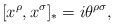
\begin{align*}[x^{\rho},x^{\sigma}]_{*}=i\theta^{\rho\sigma},\end{align*}